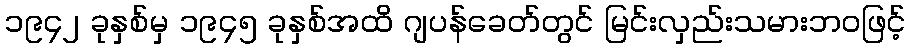
၁၉၄၂ ခုနှစ်မှ ၁၉၄၅ ခုနှစ်အထိ ဂျပန်ခေတ်တွင် မြင်းလှည်းသမားဘဝဖြင့်